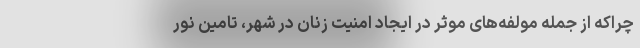
چراکه از جمله مولفه‌های موثر در ایجاد امنیت زنان در شهر، تامین نور